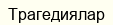
Трагедиялар